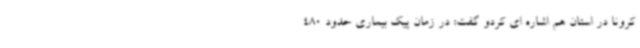
کرونا در استان هم اشاره ای کردو گفت: در زمان پیک بیماری حدود 480